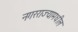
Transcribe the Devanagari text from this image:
नगरराज्यामधील